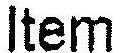
ITEM